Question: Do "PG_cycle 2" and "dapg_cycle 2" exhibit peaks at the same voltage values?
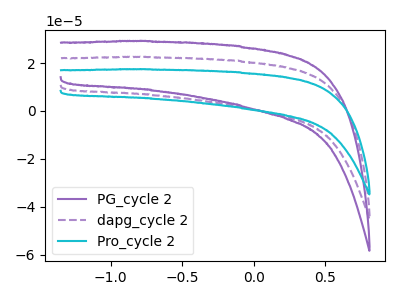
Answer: <think>The purple curve "PG_cycle 2" has no peaks. The purple dashed curve "dapg_cycle 2" has no peaks. The cyan curve "Pro_cycle 2" has no peaks.</think>
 <answer>Niether CV has any peaks.</answer>
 <eval>blanks</eval>